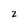
Character: 2